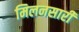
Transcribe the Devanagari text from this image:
मिलनसारी